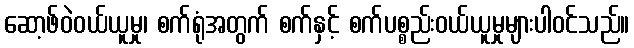
ဆော့ဖ်ဝဲဝယ်ယူမှု၊ စက်ရုံအတွက် စက်နှင့် စက်ပစ္စည်းဝယ်ယူမှုများပါဝင်သည်။